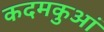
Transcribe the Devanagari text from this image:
कदमकुआं